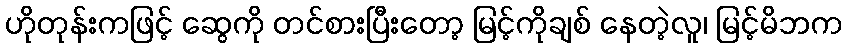
ဟိုတုန်းကဖြင့် ဆွေကို တင်စားပြီးတော့ မြင့်ကိုချစ် နေတဲ့လူ၊ မြင့်မိဘက